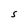
Character: S